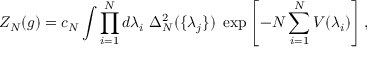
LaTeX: Z _ { N } ( g ) = c _ { N } \int \prod _ { i = 1 } ^ { N } d \lambda _ { i } \ \Delta _ { N } ^ { 2 } ( \{ \lambda _ { j } \} ) \ \exp \left[ - N \sum _ { i = 1 } ^ { N } V ( \lambda _ { i } ) \right] ,